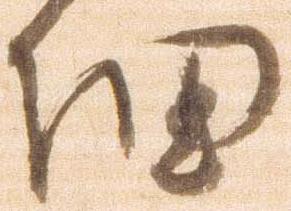
細